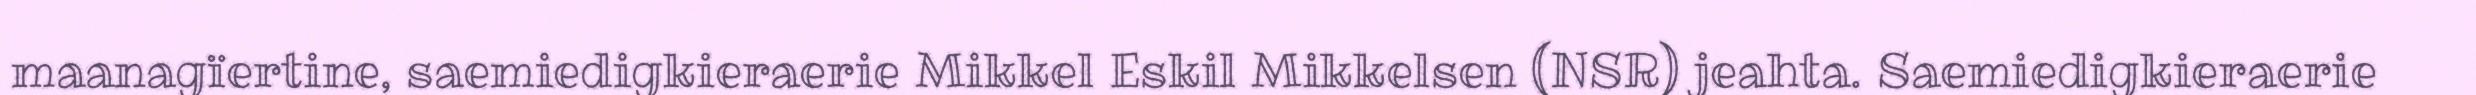
maanagïertine, saemiedigkieraerie Mikkel Eskil Mikkelsen (NSR) jeahta. Saemiedigkieraerie